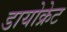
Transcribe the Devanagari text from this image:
डायोक्रेट